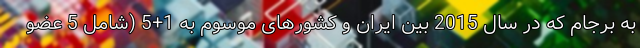
به برجام که در سال 2015 بین ایران و کشورهای موسوم به 1+5 (شامل 5 عضو